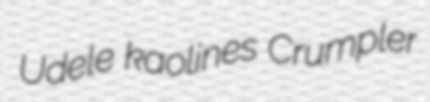
Udele kaolines Crumpler